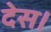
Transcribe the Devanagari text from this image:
देस।